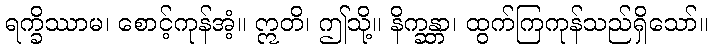
ရက္ခိဿာမ၊ စောင့်ကုန်အံ့။ ဣတိ၊ ဤသို့။ နိက္ခန္တာ၊ ထွက်ကြကုန်သည်ရှိသော်။